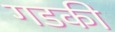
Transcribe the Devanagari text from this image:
गडकी